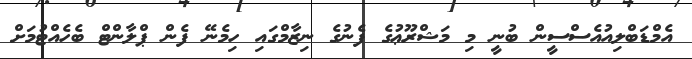
އެމްޑަބްލިއުއެސްސީން ބުނީ މި މަޝްރޫޢުގެ ފެނުގެ ނިޒާމްގައި ހިމެނޭ ފެން ޕްލާންޓް ބެހެއްޓުމަށް